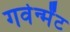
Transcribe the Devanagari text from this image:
गवेर्न्मेंट